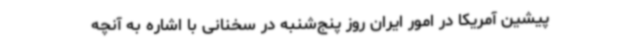
پیشین آمریکا در امور ایران روز پنج‌شنبه در سخنانی با اشاره به آنچه